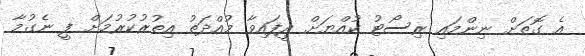
އެ ގޮތަށް ނިންމައި ރިސޯޓު ކުއްޔަށް ދީފައިވާ މުއްދަތު އިތުރުކުރުމަށް ފީ ނެގުމާ